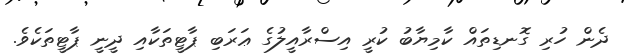
ދެން ހުރި ގޮނޑިތައް ކާމިޔާބު ކުރީ އިސްރާއީލުގެ ޢަރަބި ޕާޓީތަކާއި ދީނީ ޕާޓީތަކެވެ.